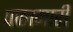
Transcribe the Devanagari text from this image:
पाठामारी